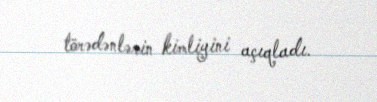
törədənlərin kimliyini açıqladı.